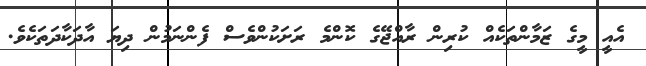
އެއީ މީގެ ޒަމާންތަކެއް ކުރިން ރާއްޖޭގެ ކޮންމެ ރަށަކުންވެސް ފެންނަމުން ދިޔަ އާދަކާދަތަކެވެ.